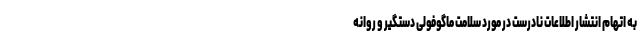
به اتهام انتشار اطلاعات نادرست در مورد سلامت ماگوفولی دستگیر و روانه